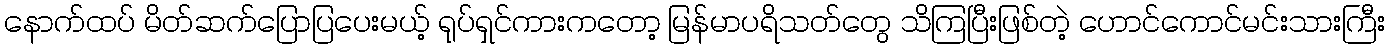
နောက်ထပ် မိတ်ဆက်ပြောပြပေးမယ့် ရုပ်ရှင်ကားကတော့ မြန်မာပရိသတ်တွေ သိကြပြီးဖြစ်တဲ့ ဟောင်ကောင်မင်းသားကြီး